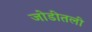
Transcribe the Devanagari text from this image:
जोडीतली